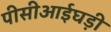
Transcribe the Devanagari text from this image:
पीसीआईघड़ी